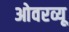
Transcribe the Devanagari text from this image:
ओवरव्यू